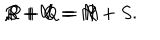
R + U = M \hspace { . 1 i n } , \hspace { . 1 i n } S + V = N \hspace { . 1 i n } , \hspace { . 1 i n } P + Q = R + S .